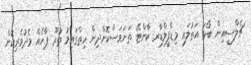
ޗެލްސީއިން ބޯޅަ އަތުލައި މިޑްފީލްޑާރ ކާންޓޭ ތަނަވަސްކޮށްދިން ހިތްގައިމު ތުރޫ ޕާހެއް މެދުވެރިކޮށް